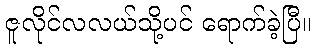
ဇူလိုင်လလယ်သို့ပင် ရောက်ခဲ့ပြီ။